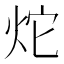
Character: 炨